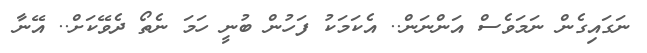
ނަގައިގެން ނަމަވެސް އަންނަން.. އެކަމަކު ފަހުން ބުނީ ހަމަ ނެތޯ ދެވޭކަށް.. އޭނާ